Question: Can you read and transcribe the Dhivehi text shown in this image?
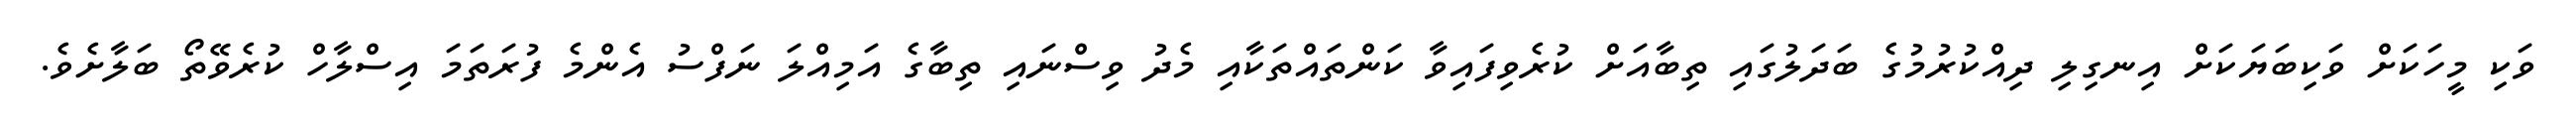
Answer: ވަކި މީހަކަށް ވަކިބަޔަކަށް އިނގިލި ދިއްކުރުމުގެ ބަދަލުގައި ތިބާއަށް ކުރެވިފައިވާ ކަންތައްތަކާއި މެދު ވިސްނައި ތިބާގެ އަމިއްލަ ނަފްސު އެންމެ ފުރަތަމަ އިސްލާހް ކުރެވޭތޯ ބަލާށެވެ.